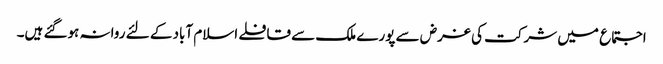
اجتماع میں شرکت کی غرض سے پورے ملک سے قافلے اسلام آباد کے لئے روانہ ہوگئے ہیں۔